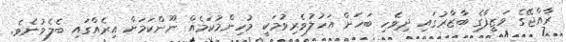
ރާއްޖޭގެ ވަޒީފާގެ ބާޒާރުގައި ދިވެހި ބަހަށް އަހުލުވެރިވުމަކީ މުހިންމުކަމެއް ނޫންކަމަށް އިރެއްގައި ބެލެވުނެވެ.